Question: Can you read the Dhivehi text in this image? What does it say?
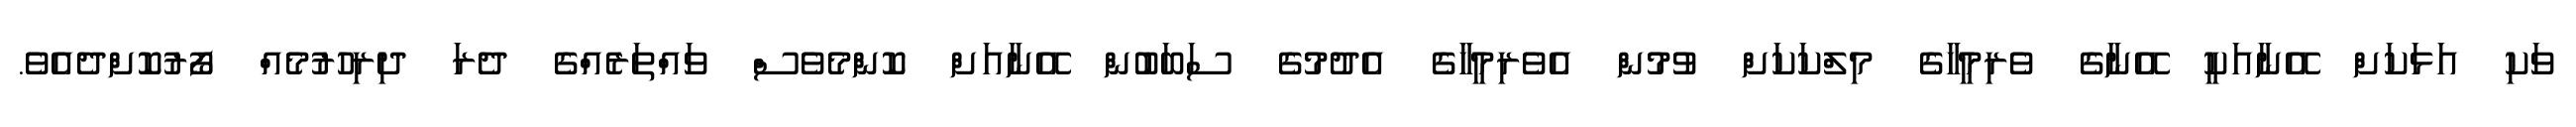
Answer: ވަކި އަޅަކަށް އޭނާއަކީ އޭނާގެ ވެރިމީހާގެ މިލްކަކަށް ވުމުން އެވެރިމީހާގެ އެދުމުގެ ސަބަބުން އޭނާއަށް ކޮންމެވެސް ވައްތަރެއްގެ ދެރަ ދިރިހުރުމެއް ފޯރުކޮށްދެއެވެ.